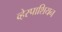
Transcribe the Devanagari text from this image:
व्हेस्पाशियन